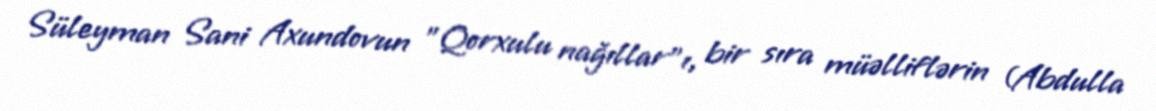
Süleyman Sani Axundovun "Qorxulu nağıllar"ı, bir sıra müəlliflərin (Abdulla